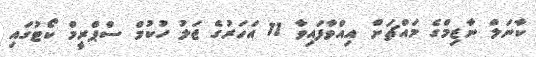
ކާނަލް ނާޒިމްގެ މައްޗަށް އިއްވާފައިވާ 11 އަހަރުގެ ޖަލު ހުކުމް ސްޕްރީމް ކޯޓުގައި